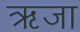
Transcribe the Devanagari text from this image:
ऋजा